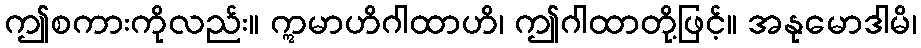
ဤစကားကိုလည်း။ ဣမာဟိဂါထာဟိ၊ ဤဂါထာတို့ဖြင့်။ အနုမောဒါမိ၊